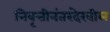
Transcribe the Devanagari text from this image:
निवृत्तीनंतरदेखील